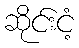
ဆိုင်းငံ့